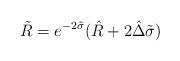
LaTeX: \begin{align*}\tilde R = e^{-2\tilde\sigma}(\hat R + 2 \hat\Delta\tilde\sigma)\end{align*}